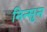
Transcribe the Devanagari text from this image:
निन्सुन